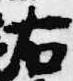
右